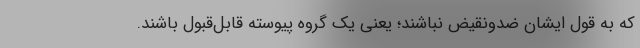
که به قول ایشان ضدونقیض نباشند؛ یعنی یک گروه پیوسته قابل‌قبول باشند.